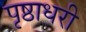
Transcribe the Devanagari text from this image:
पृष्ठाधरी